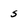
Character: s